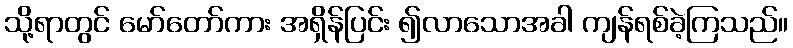
သို့ရာတွင် မော်တော်ကား အရှိန်ပြင်း ၍လာသောအခါ ကျန်ရစ်ခဲ့ကြသည်။